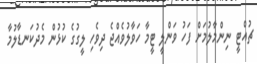
ޗުއްޓީ ނިންމާލުމަށް ފަހު ވަންލީ ޓީމާ ހަވާލުވެއްޖެ ދިވެހި ލީގުގެ ކުޅުން މެދުކަނޑާލުމާ